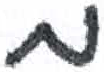
אות: מ